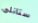
ستانلى